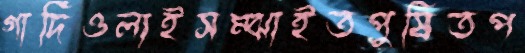
গার্দিওলাইসম্‌ঝাইতপুষিতপ